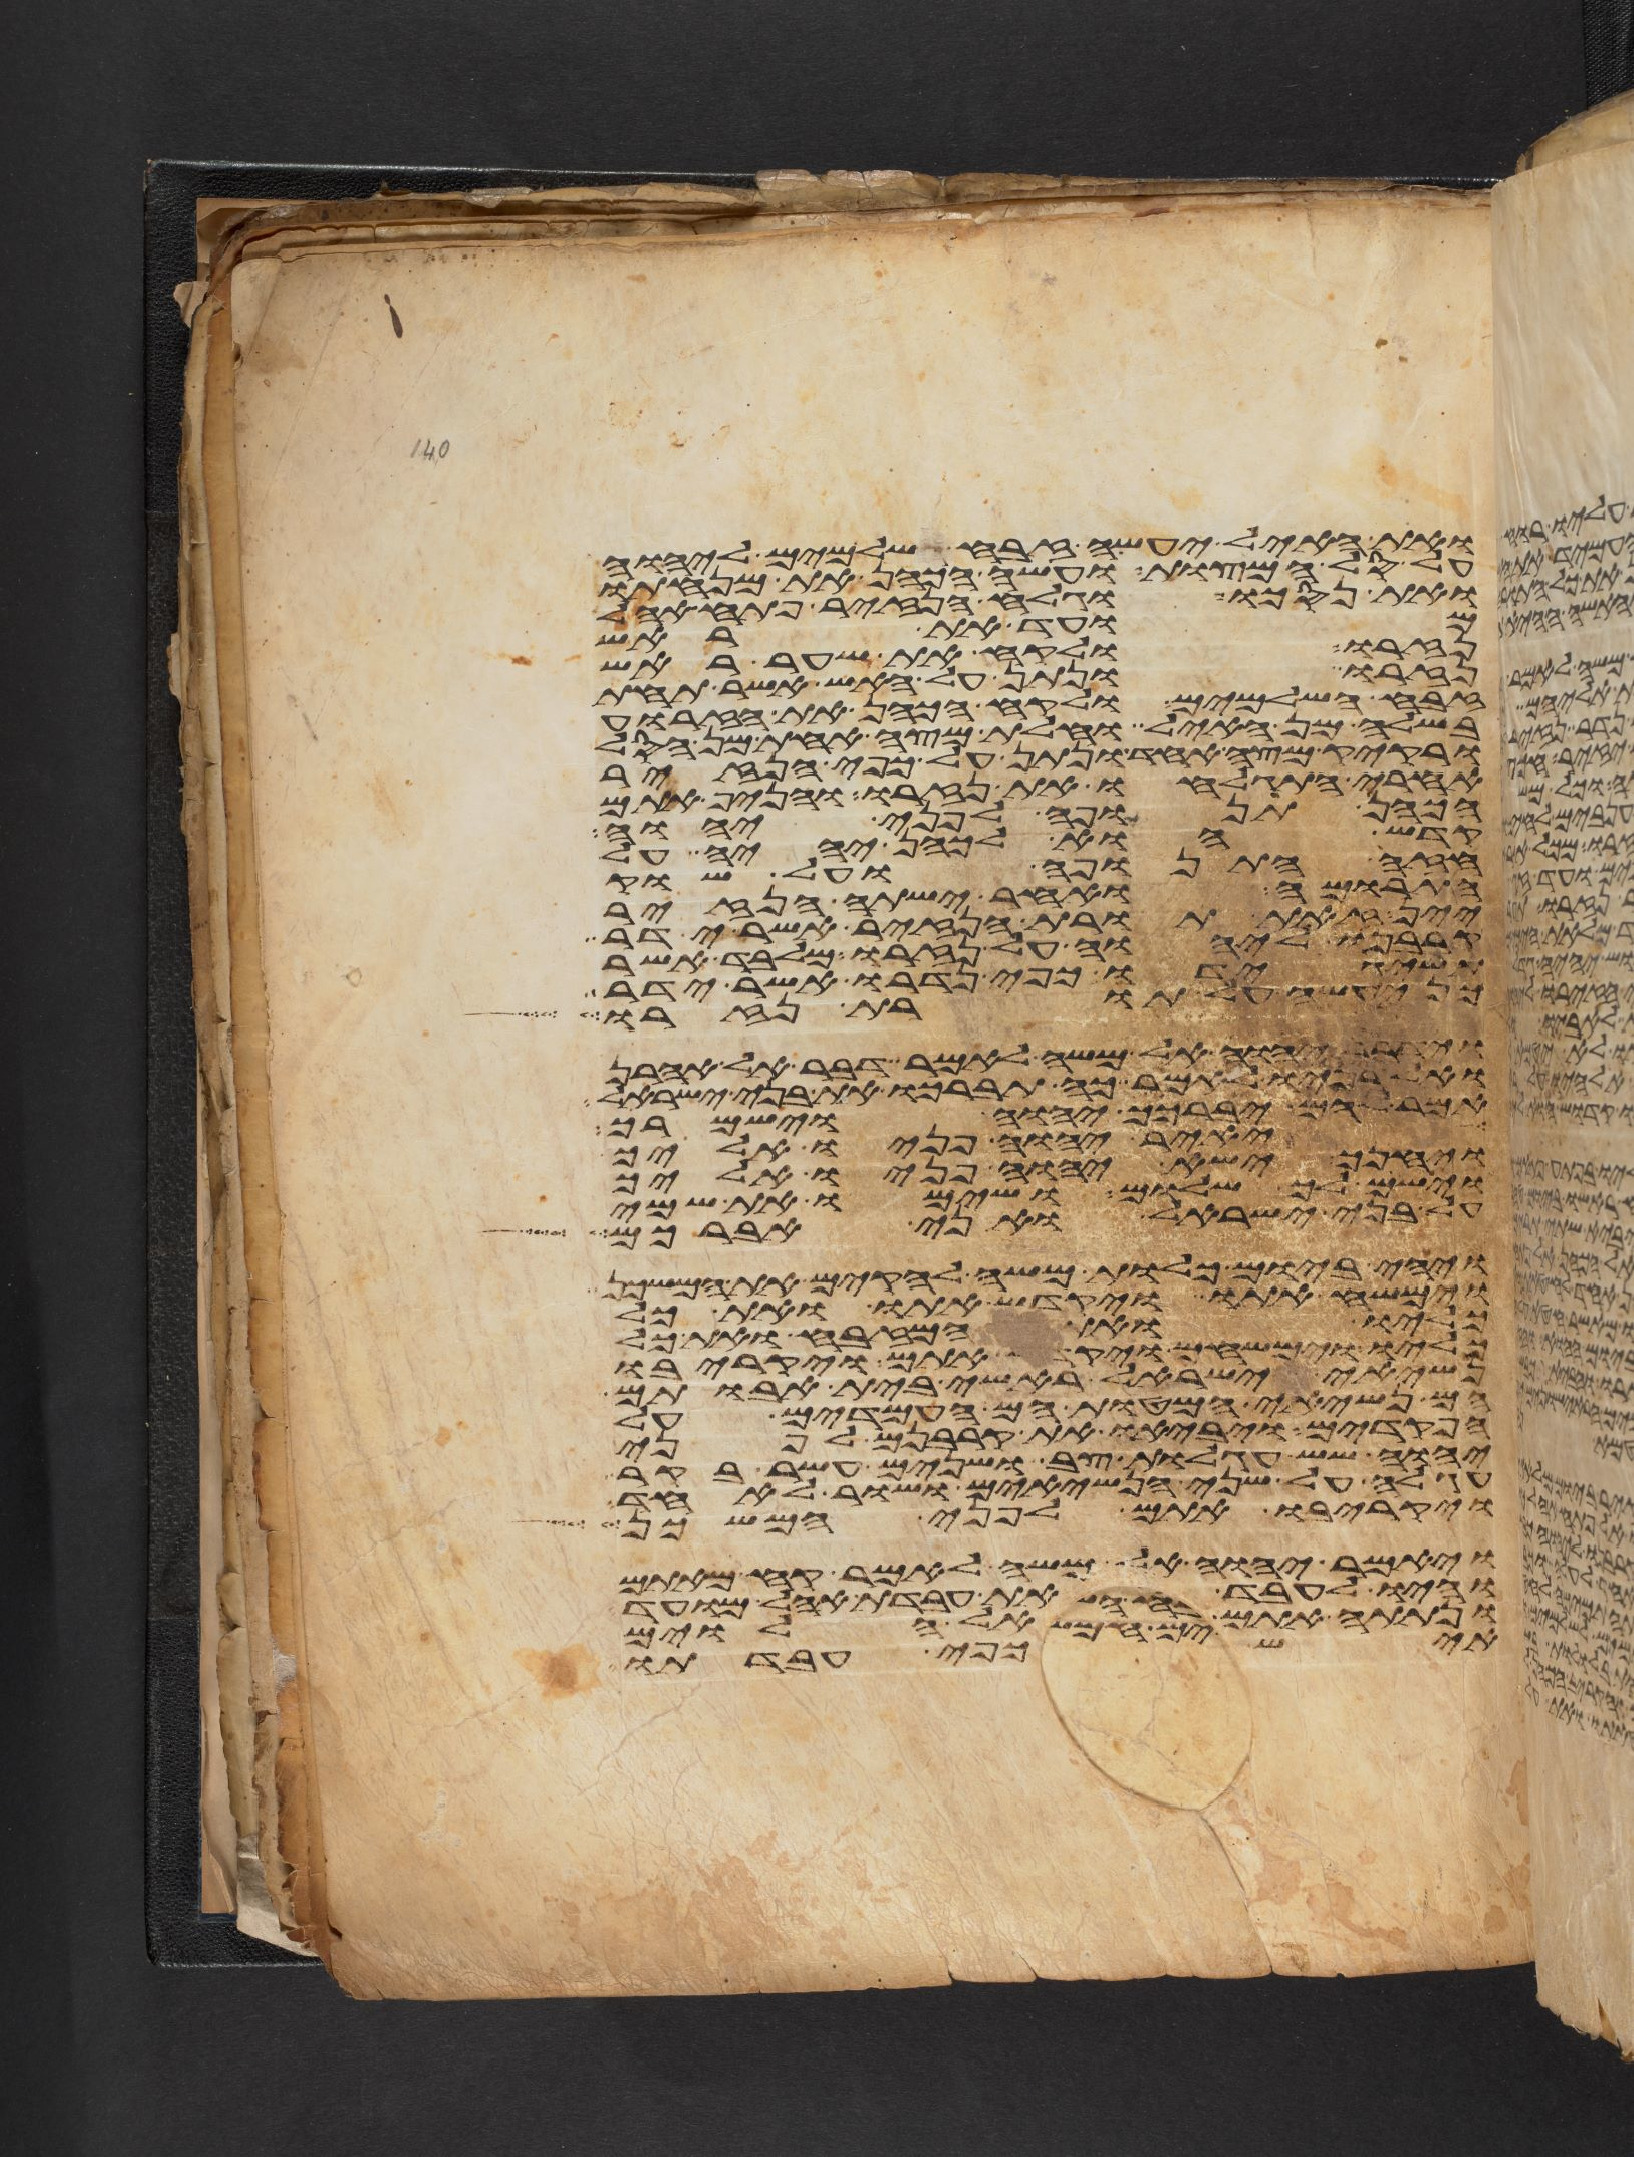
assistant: ואת האיל יעשה זבח שלמים ליהוה
על סל המצות ועשה הכהן את מנחתו
ואת נסכו וגלח הנזיר פתח אהל
מועד את ראש
נזרו ולקח את שער ראש
נזרו ונתן על האש אשר תחת
זבח השלמים ולקח הכהן את הזרוע
בשלה מן האיל וחלת מצה אחת מן הסל
ורקיק מצה אחד ונתן על כפי הנזיר
אחרי התגלח את נזרו והניף אתם
הכהן תנופה לפני יהוה
קדש הוא לכהן יהיה על
חזה התנופה ועל שוק
התרומה ואחר ישתה הנזיר
יין זאת תורת הנזיר אשר ידר
קרבנו ליהוה על נזרו מלבד אשר
תשיג ידו כפי נדרו אשר ידר
כן יעשה על תורת נזרו
וידבר יהוה אל משה לאמר דבר אל אהרן
ואל בניו לאמר כה תברכו את בני ישראל
אמר להם יברכך יהוה וישמרך
יאיר יהוה פניו אליך
ויחנך ישא יהוה פניו אליך
וישם לך שלום ושימו את שמי
על בני ישראל ואני אברכם
ויהי ביום כלות משה להקים את המשכן
וימשח אתו ויקדש אתו ואת כל
כליו ואת המזבח ואת כל
כליו וימשחם ויקדש אתם ויקריבו
נשיאי ישראל ראשי בית אבותם
הם נשיאי המטות הם העמדים על
הפקדים ויביאו את קרבנם לפני
יהוה שש עגלות צב ושנים עשר בקר
עגלה על שני הנשיאים ושור לאחד
ויקריבו אתם לפני המשכן
ויאמר יהוה אל משה לאמר קח מאתם
והיו לעבד את עבדת אהל מועד
ונתתה אתם אל הלוים
איש כפי עבדתו